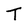
Character: T